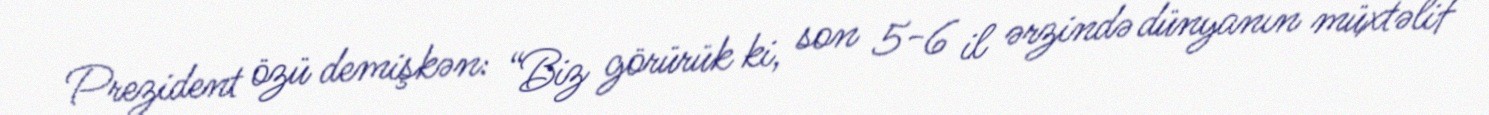
Prezident özü demişkən: “Biz görürük ki, son 5-6 il ərzində dünyanın müxtəlif